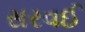
સરવઈ